Plague in India, 1896, 1897 - Volume 3
Year: 1896
Disease focus: Plague
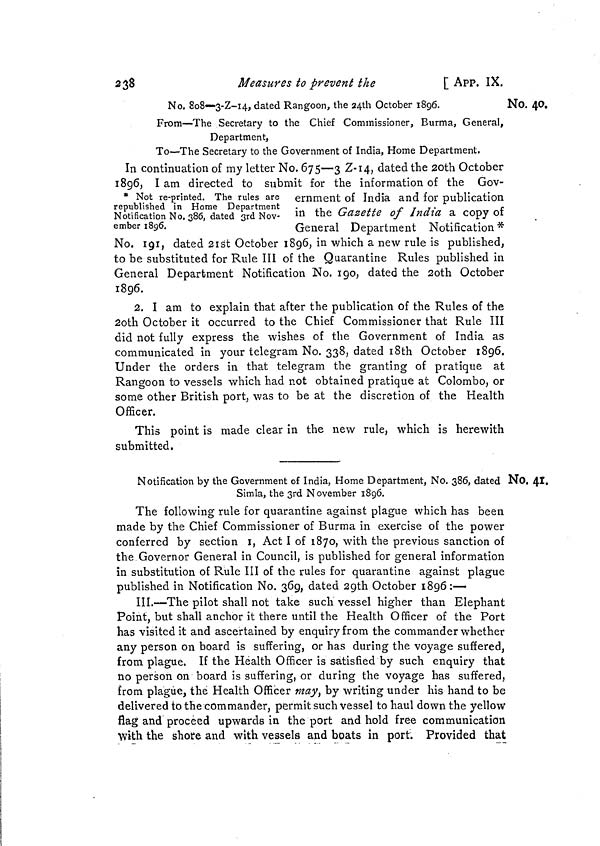
238
Measures to prevent the
[
APP. IX.
No. 40.
No. 808—3-Z-14, dated Rangoon, the 24th October 1896.
From—The Secretary to the Chief Commissioner, Burma, General,
Department,
To—The Secretary to the Government of India, Home Department.
* Not re-printed. The rules are
republished in Home Department
Notification No. 386, dated 3rd Nov-
ember 1896.
In continuation of my letter No. 675—3 Z-14, dated the 20th October
1896, I am directed to submit for the information of the Gov-
ernment of India and for publication
in the Gazette of India a copy of
General Department Notification *
No. 191, dated 21st October 1896, in which a new rule is published,
to be substituted for Rule III of the Quarantine Rules published in
General Department Notification No. 190, dated the 2oth October
1896.
2. I am to explain that after the publication of the Rules of the
20th October it occurred to the Chief Commissioner that Rule III
did not fully express the wishes of the Government of India as
communicated in your telegram No. 338, dated 18th October 1896.
Under the orders in that telegram the granting of pratique at
Rangoon to vessels which had not obtained pratique at Colombo, or
some other British port, was to be at the discretion of the Health
Officer.
This point is made clear in the new rule, which is herewith
submitted.
No. 41.
Notification by the Government of India, Home Department, No. 386, dated
Simla, the 3rd November 1896.
The following rule for quarantine against plague which has been
made by the Chief Commissioner of Burma in exercise of the power
conferred by section 1, Act I of 1870, with the previous sanction of
the Governor General in Council, is published for general information
in substitution of Rule III of the rules for quarantine against plague
published in Notification No. 369, dated 29th October 1896:—
III.—The pilot shall not take such vessel higher than Elephant
Point, but shall anchor it there until the Health Officer of the Port
has visited it and ascertained by enquiry from the commander whether
any person on board is suffering, or has during the voyage suffered,
from plague. If the Health Officer is satisfied by such enquiry that
no person on board is suffering, or during the voyage has suffered,
from plague, the Health Officer may, by writing under his hand to be
delivered to the commander, permit such vessel to haul down the yellow
flag and proceed upwards in the port and hold free communication
with the shore and with vessels and boats in port. Provided that